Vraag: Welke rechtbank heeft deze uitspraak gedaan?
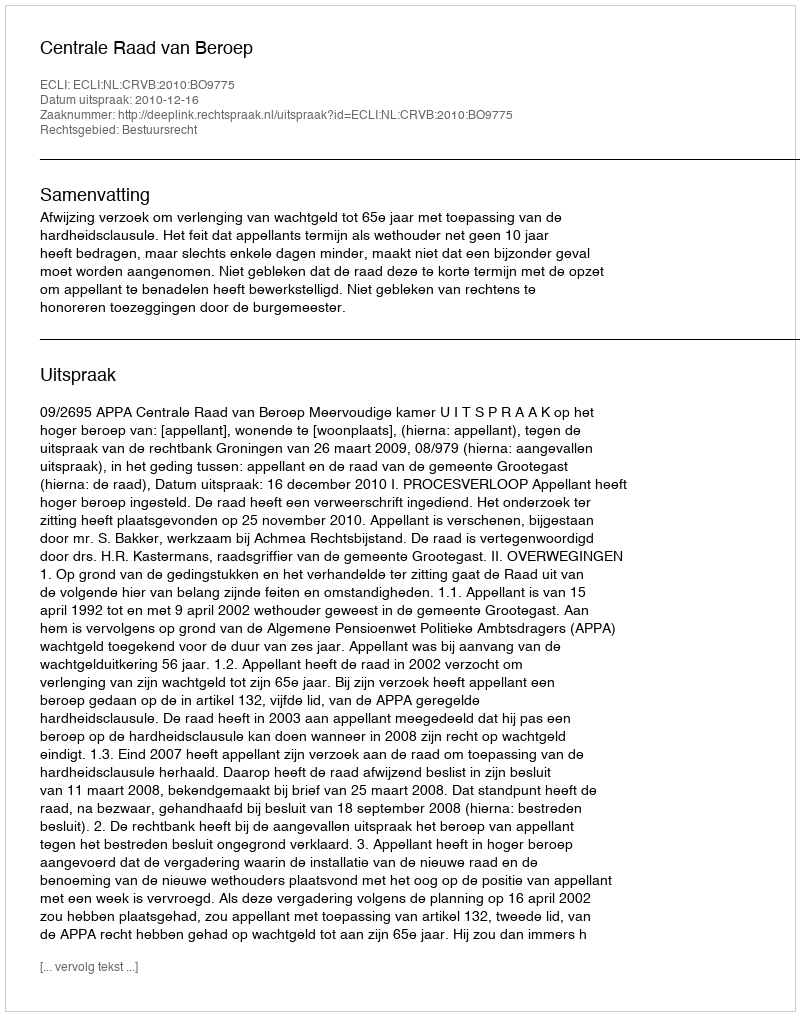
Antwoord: Centrale Raad van Beroep